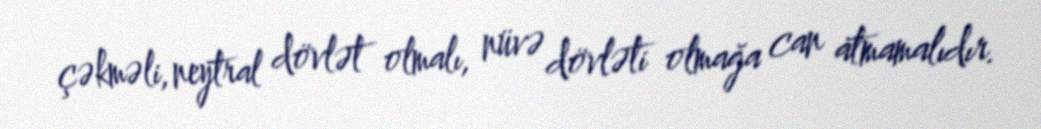
çəkməli, neytral dövlət olmalı, nüvə dövləti olmağa can atmamalıdır.